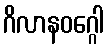
ဂိလာနဝဂ္ဂေါ